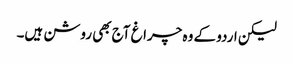
لیکن اردو کے وہ چراغ آج بھی روشن ہیں۔